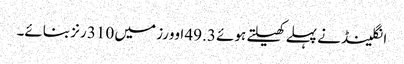
انگلینڈ نے پہلے کھیلتے ہوئے 49.3 اوورز میں 310 رنز بنائے۔